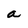
Character: a